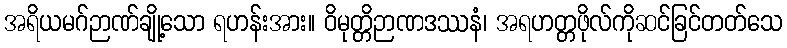
အရိယမဂ်ဉာဏ်ချို့သော ရဟန်းအား။ ဝိမုတ္တိဉာဏဒဿနံ၊ အရဟတ္တဖိုလ်ကိုဆင်ခြင်တတ်သေ